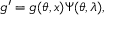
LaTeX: g ^ { \prime } = g ( \theta , x ) \Psi ( \theta , \lambda ) ,